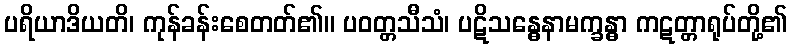
ပရိယာဒိယတိ၊ ကုန်ခန်းစေတတ်၏။ ပဝတ္တသီသံ၊ ပဋိသန္ဓေနာမက္ခန္ဓာ ကဋတ္တာရုပ်တို့၏